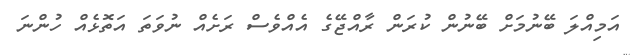
އަމިއްލަ ބޭނުމަށް ބޭނުން ކުރަން ރާއްޖޭގެ އެއްވެސް ރަށެއް ނުވަތަ އަތޮޅެއް ހުންނަ